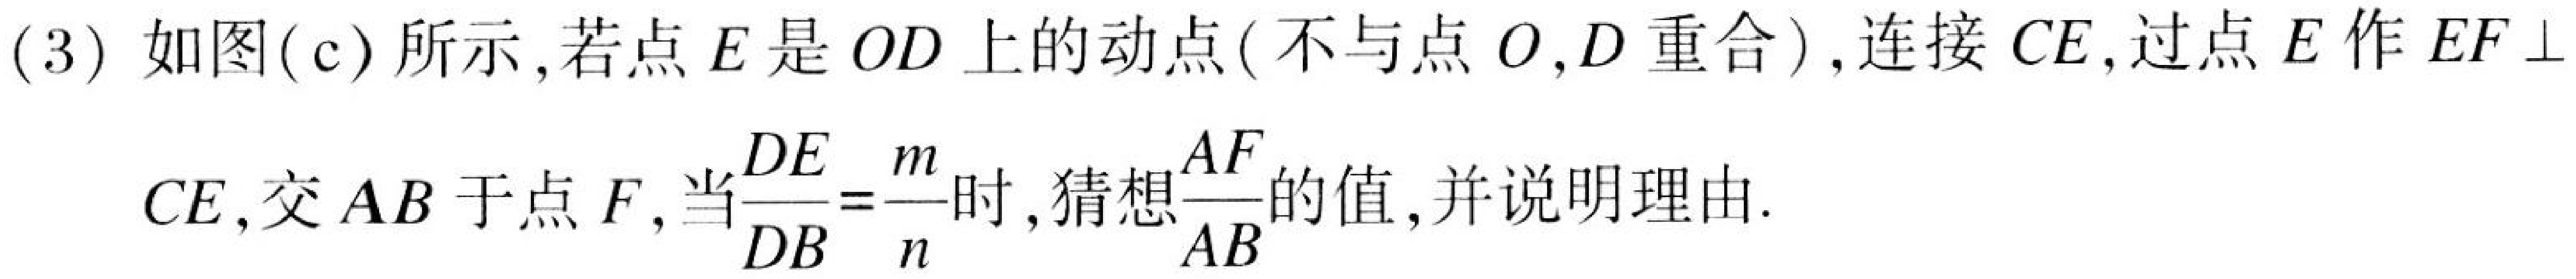
(3) 如图(c)所示，若点 \(E\) 是 \(OD\) 上的动点(不与点 \(O,D\) 重合)，连接 \(CE\)，过点 \(E\) 作 \(EF\perp\)
\(CE\)，交 \(AB\) 于点 \(F\)，当\(\frac{DE}{DB}=\frac{m}{n}\)时，猜想\(\frac{AF}{AB}\)的值，并说明理由.